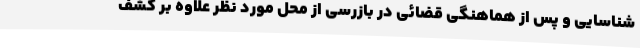
شناسایی و پس از هماهنگی قضائی در بازرسی از محل مورد نظر علاوه بر کشف